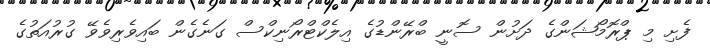
ފެށި މި ޕްރޮމޯޝަންގެ ދަށުން ސޮނީ ބްރޭންޑުގެ އިލެކްޓްރޯނިކްސް ގަނެގެން ބައިވެރިވެވޭ ގުރުއަތުގެ